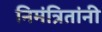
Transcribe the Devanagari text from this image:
निमंत्रितांनी